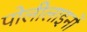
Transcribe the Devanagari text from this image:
पोलीलाइनों